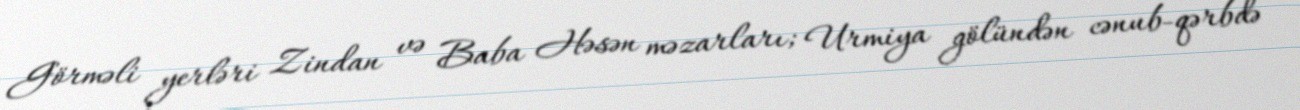
Görməli yerləri Zindan və Baba Həsən məzarları; Urmiya gölündən cənub-qərbdə